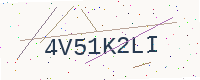
Text: 4V51K2LI